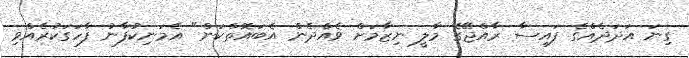
ގިނަ އަދަދެއްގެ ފައިސާ ރާއްޖޭގެ މާލީ ނިޒާމަށް ވެއްދެން އެބައޮތްކަން" އެމަނިކުފާނު ފާހަގަކުރެއްވި